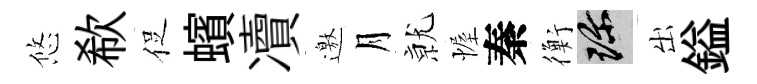
悠欷促蠙凟邀月𭕒幄秦衡珍出鎰